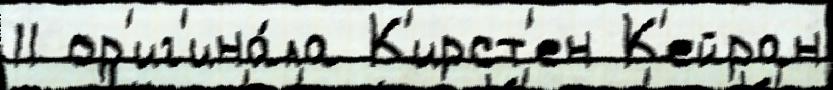
11 ор'иг'ина́ла К'ирст'ен К'ейран